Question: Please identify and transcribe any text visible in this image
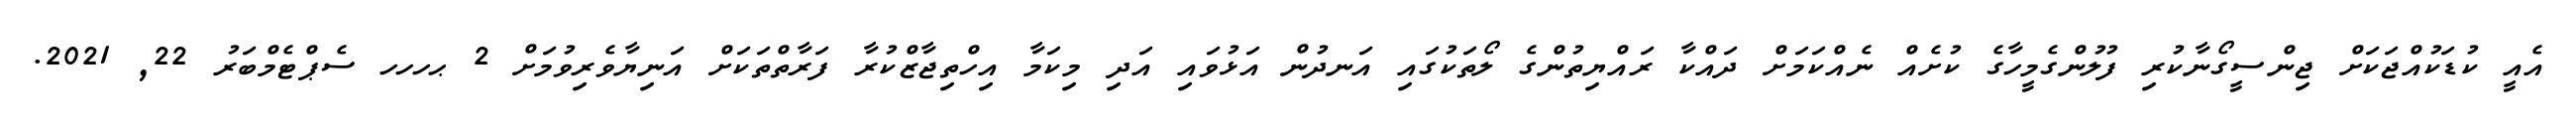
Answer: އެއީ ކުޑަކުއްޖަކަށް ޖިންސީގޯނާކުރި ފުލުންގެމީހާގެ ކުށެއް ނެއްކަމަށް ދައްކާ ރައްޔިތުންގެ ލޯތަކުގައި އަނދުން އަޅުވައި އަދި މިކަމާ އިހްތިޖާޒްކުރާ ފަރާތްތަކަށް އަނިޔާވެރިވުމަށް 2 ޙހހހ ސެޕްޓެމްބަރު 22, 2021.